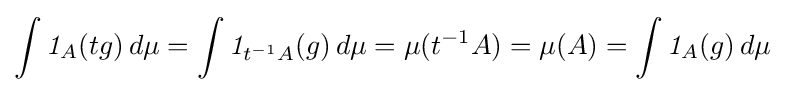
\int {\mathit {1}}_{A}(tg)\,d\mu =\int {\mathit {1}}_{t^{-1}A}(g)\,d\mu =\mu (t^{-1}A)=\mu (A)=\int {\mathit {1}}_{A}(g)\,d\mu